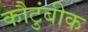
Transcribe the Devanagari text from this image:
कौटुंबीक